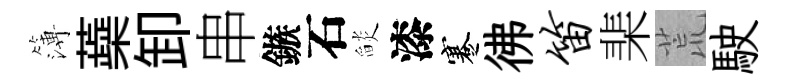
簿蘃卸串鏃石𦦨漆蹇彿笛棐荒駛